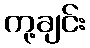
ကု့ချင်း